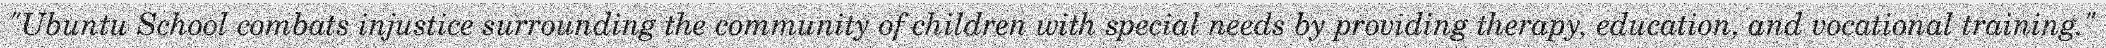
"Ubuntu School combats injustice surrounding the community of children with special needs by providing therapy, education, and vocational training."